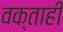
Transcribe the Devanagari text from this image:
वक्ताही